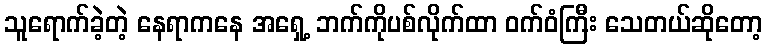
သူရောက်ခဲ့တဲ့ နေရာကနေ အရှေ့ ဘက်ကိုပစ်လိုက်ထာ ဝက်ဝံကြီး သေတယ်ဆိုတော့